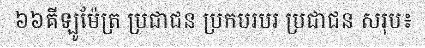
៦៦គីឡូម៉ែត្រ ប្រជាជន ប្រកបរបរ ប្រជាជន សរុប៖